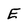
Character: E